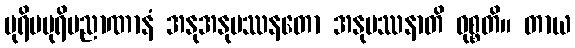
ပုရိမပုရိမညာဏာနံ အနုအနုပဿနတော အနုပဿနာတိ ဝုစ္စတိ။ တာယ